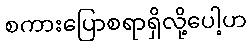
စကားပြောစရာရှိလို့ပေါ့ဟ